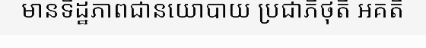
មានទិដ្ឋភាពជានយោបាយ ប្រជាភិថុតិ អគតិ